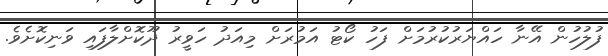
ފުލުހުން އޭނާ ހައްޔަރުކުރުމަށް ފަހު ކޯޓު އަމުރަށް މިއަދު ހަވީރު ދޫކޮށްލާފައި ވަނިކޮށެވެ.